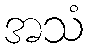
အသံ